Reports on military cantonments and civil stations in the Presidency of Bombay inspected by the Sanitary Commissioner in the years 1875 and 1876
Year: 1875
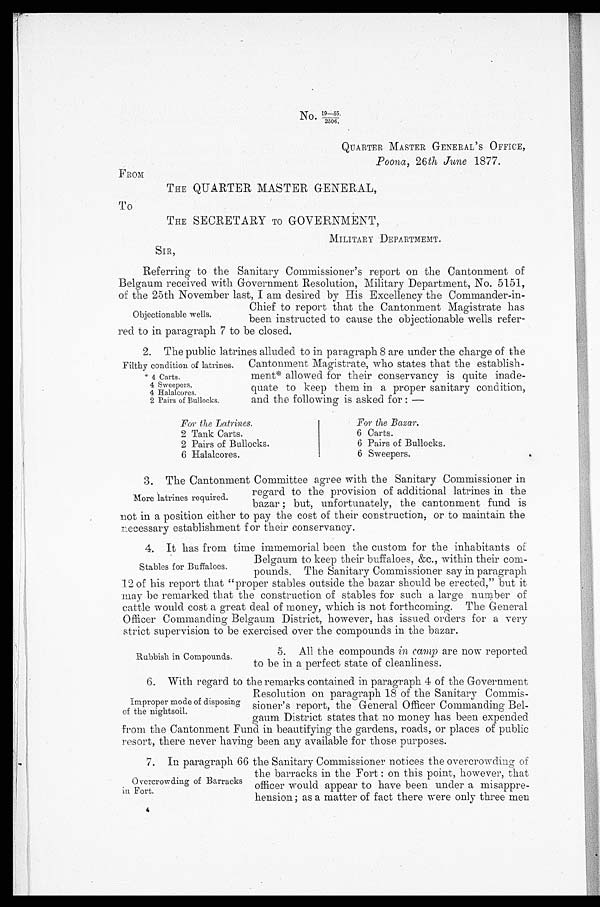
No.
19—55.
2506.
QUARTER MASTER GENERAL ' S OFFICE,
Poona. 26th June 1877.
FROM
THE QUARTER MASTER GENERAL,
To
THE SECRETARY TO GOVERNMENT,
MILITARY DEPARTMENT.
SIR,
Referring to the Sanitary Commissioner's report on the Cantonment of
Belgaum received with Government Resolution, Military Department, No. 5151,
of the 25th November last, I am desired by His Excellency the Commander-in-
Chief to report that the Cantonment Magistrate has
Objectionable wells,
been instructed to cause the objectionable wells refer-
red to in paragraph 7 to be closed.
2. The public latrines alluded to in paragraph 8 are under the charge of the
Filthy condition of latrines. Cantonment Magistrate, who states that the establish-
* 4 Carts. ment* allowed for their conservancy is quite inade-
4 Sweepers.
quate to keep them in a proper sanitary condition,
4 lialalcores.
2 Pairs of Bullocks.
and the following is asked for : —
For the Latrines.
For the Bazar.
2 Tank Carts.
6 Carts.
2 Pairs of Bullocks.
6 Pairs of Bullocks.
6 Halalcores.
6 Sweepers.
3. The Cantonment Committee agree with the Sanitary Commissioner in
regard to the provision of additional latrines in the
More latrines required.
bazar ; but, unfortunately, the cantonment fund is
not in a position either to pay the cost of their construction, or to maintain the
necessary establishment for their conservancy.
4. It has from time immemorial been the custom for the inhabitants of
Belgaum to keep their buffaloes, &c., within their com-
Stables for Buffaloes.
p o u n d s . T h e S a n i t a r y C o mmi s s i o n e r s a y i n p a r a g r a p h .
12 of his report that "proper stables outside the bazar should be erected," but it
may be remarked that the construction of stables for such a large -number of
cattle would cost a great deal of money, which is not forthcoming. The General
Officer Commanding Belgaum District, however, has issued orders for a very
strict supervision to be exercised over the compounds in the bazar.
5. All the compounds in, camp are now reported
Rubbish in Compounds.
to be in a perfect state of cleanliness.
6. With regard to the remarks contained in paragraph 4 of the Government
Resolution on paragraph 18 of the Sanitary Commis-
improper mode of disposing sioner's report, the General Officer Commanding Bel-
of the nightsoil.
gaum District states that no money has been expended
from the Cantonment Fund in beautifying the gardens, roads, or places of public
resort, there never having been any available for those purposes.
7. In paragraph 66 the Sanitary Commissioner notices the overcrowding of
the barracks in the Fort : on this point, however, that
Overcrowding of Barracks
n. Fort..
officer would appear to have been under a misappre-
i
hension; as a matter of fact there were only three men
4